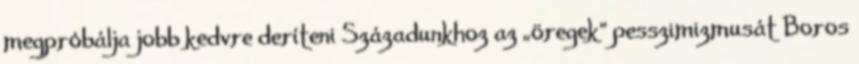
megpróbálja jobb kedvre deríteni Századunkhoz az „öregek” pesszimizmusát Boros